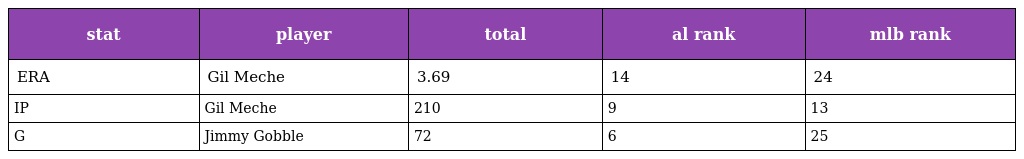
| stat | player | total | al rank | mlb rank |
 | --- | --- | --- | --- | --- |
 | ERA | Gil Meche | 3.69 | 14 | 24 |
 | IP | Gil Meche | 210 | 9 | 13 |
 | G | Jimmy Gobble | 72 | 6 | 25 |